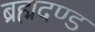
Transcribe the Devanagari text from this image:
ब्रह्मदण्ड